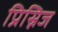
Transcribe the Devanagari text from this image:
प्रिस्निज